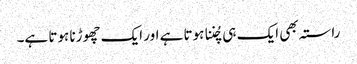
راستہ بھی ایک ہی چُننا ہوتا ہے اور ایک چھوڑنا ہوتا ہے۔